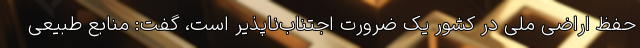
حفظ اراضی ملی در کشور یک ضرورت اجتناب‌ناپذیر است، گفت: منابع طبیعی